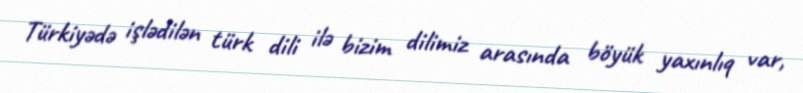
Türkiyədə işlədilən türk dili ilə bizim dilimiz arasında böyük yaxınlıq var,